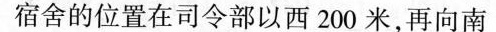
宿舍的位置在司令部以西200米，再向南